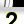
Digit: 2